Treatise on elephants
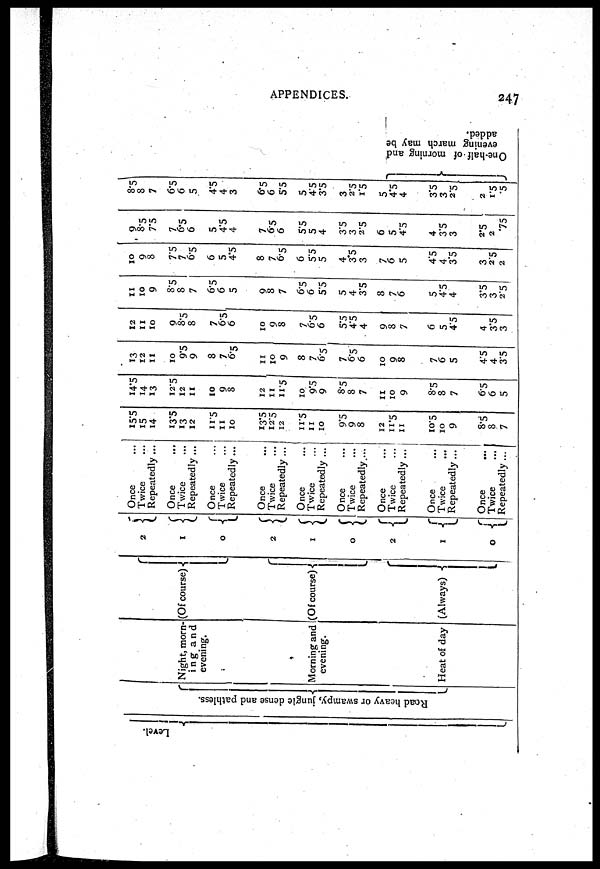
APPENDICES.
247
Level.
Road heavy or s wa mpy, j ungl e dens e and pathless.
Night, morn-
ing and
evening.
Morning and
evening.
Heat of day
(Of course)
(Of course)
(Always)
2
1
0
2
1
0
2
1
0
Once ...
Twice ...
Repeatedly ...
Once ...
Twice
...
Repeatedly ...
Once ...
Twice ...
Repeatedly ...
Once ...
Twice ...
Repeatedly ...
Once ...
Twice ...
Repeatedly ...
Once ...
Twice ...
Repeatedly....
Once ...
Twice ...
Repeatedly ...
Once ...
Twice ...
Repeatedly...
Once
...
Twice ...
Repeatedly...
15.5
15
14
13.5
13
12
11.5
11
10
13.5
12.5
12
11.5
11
10
9.5
9
8
12
11.5
11
10.5
10
9
8.5
8
7
14.5
14
13
12.5
12
11
10
9
8
12
11
11.5
10
9.5
9
8.5
8
7
11
10
9
8.5
8
7
6.5
6
5
13
12
11
10
9.5
9
8
7
6.5
11
10
9
8
7
6.5
7
6.5
6
10
9 8
7
6
5
4.5
4
3.5
12
11
10
9
8.5
8
7
6.5
6
10
9
8
7
6.5 6
5.5
4.5
4
9
8 7
6
5
4.5
4
3.5
3
11
10
9
8.5
8
7
6.5
6
5
9
8
7
6.5
6
5.5
5
4
3.5
8
7
6
5
4.5
4
3.5
3
2.5
10
9
8
7.5
7
6.5
6
5
4.5
8
7 6.5
6
5.5
5
4
3.5
3
7
6 5
4.5
4
3.5
3
2.5
2
9
8.5
7.5
7
6
6.5
5
4.5
4
7
6.5
6
5.5
5
4
3.5
3
2.5
6
5
4.5
4
3.5
3
2.5
2
75
8.5
8
7
6.5
6 5
4.5
4
3
6.5
6
5.5
5
4.5
3.5
3
2.5
1.5
5
4.5 4
3.5
3
2.5
2
1.5
5
One -
ha l
f of morning and
evening march may be
added.